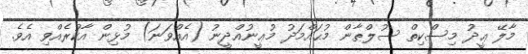
މާލޭ ޢީދު މިސްކިތް ސުލްޠާން މުޙައްމަދު މުޢީނުއްދީނު (އެއްވަނަ) މުޅިން އާކުރެއްވި އެވެ.